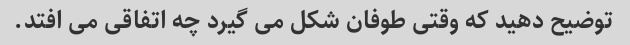
توضیح دهید که وقتی طوفان شکل می گیرد چه اتفاقی می افتد.